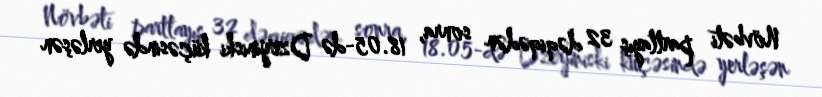
Növbəti partlayış 32 dəqiqədən sonra, 18.05-də Dzerjiniski küçəsində yerləşən